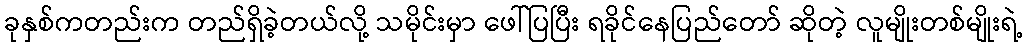
ခုနှစ်ကတည်းက တည်ရှိခဲ့တယ်လို့ သမိုင်းမှာ ဖေါ်ပြပြီး ရခိုင်နေပြည်တော် ဆိုတဲ့ လူမျိုးတစ်မျိုးရဲ့